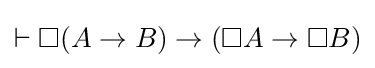
\vdash \Box (A\rightarrow B)\rightarrow (\Box A\rightarrow \Box B)